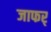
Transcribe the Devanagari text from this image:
जाफर्